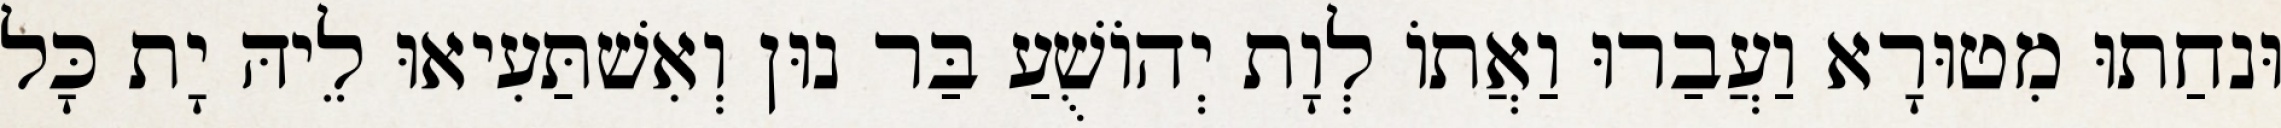
וּנחַתוּ מִטוּרָא וַעֲבַרוּ וַאֲתוֹ לְוָת יְהוֹשֻׁעַ בַּר נוּן וְאִשׁתַּעִיאוּ לֵיהּ יָת כָּל